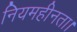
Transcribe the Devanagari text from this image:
नियमहीनता।